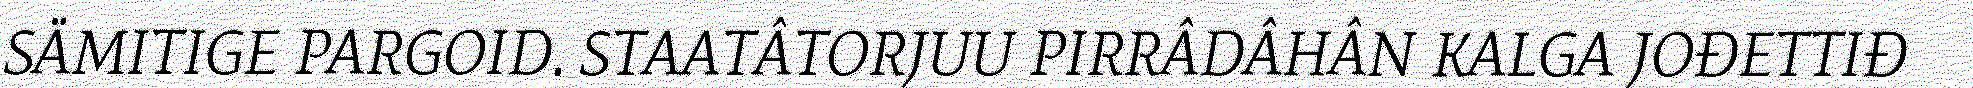
SÄMITIGE PARGOID. STAATÂTORJUU PIRRÂDÂHÂN KALGA JOĐETTIĐ